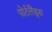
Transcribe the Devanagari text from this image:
पोर्टलैंड्स